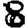
Digit: 8